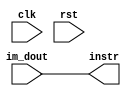
/*
 IR 
 memwbjbeqIRWr1
 */


module IR (clk, rst, im_dout, instr);

   input         clk;
   input         rst;
   input  [31:0] im_dout;
   output [31:0] instr;

   wire [31:0] instr;
   assign instr = im_dout;
endmodule